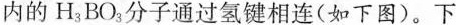
内的H_{3}BO_{3}分子通过氢键相连(如下图)。下